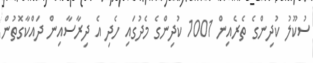
ސުކޫލު ކުދިންގެ ތެރެއިން 1001 ކުދިންގެ މެދުގައި ހެދި އެ ދިރާސާއިން ދައްކާގޮތުން